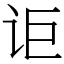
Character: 讵